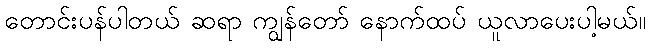
တောင်းပန်ပါတယ် ဆရာ ကျွန်တော် နောက်ထပ် ယူလာပေးပါ့မယ်။